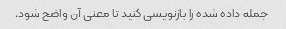
جمله داده شده را بازنویسی کنید تا معنی آن واضح شود.